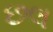
છલ